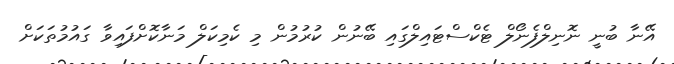
އޭނާ ބުނީ ނޮނިލްފެނޯލް ޓެކްސްޓައިލްގައި ބޭނުން ކުރުމުން މި ކެމިކަލް މަނާކޮށްފައިވާ ގައުމުތަކަށް